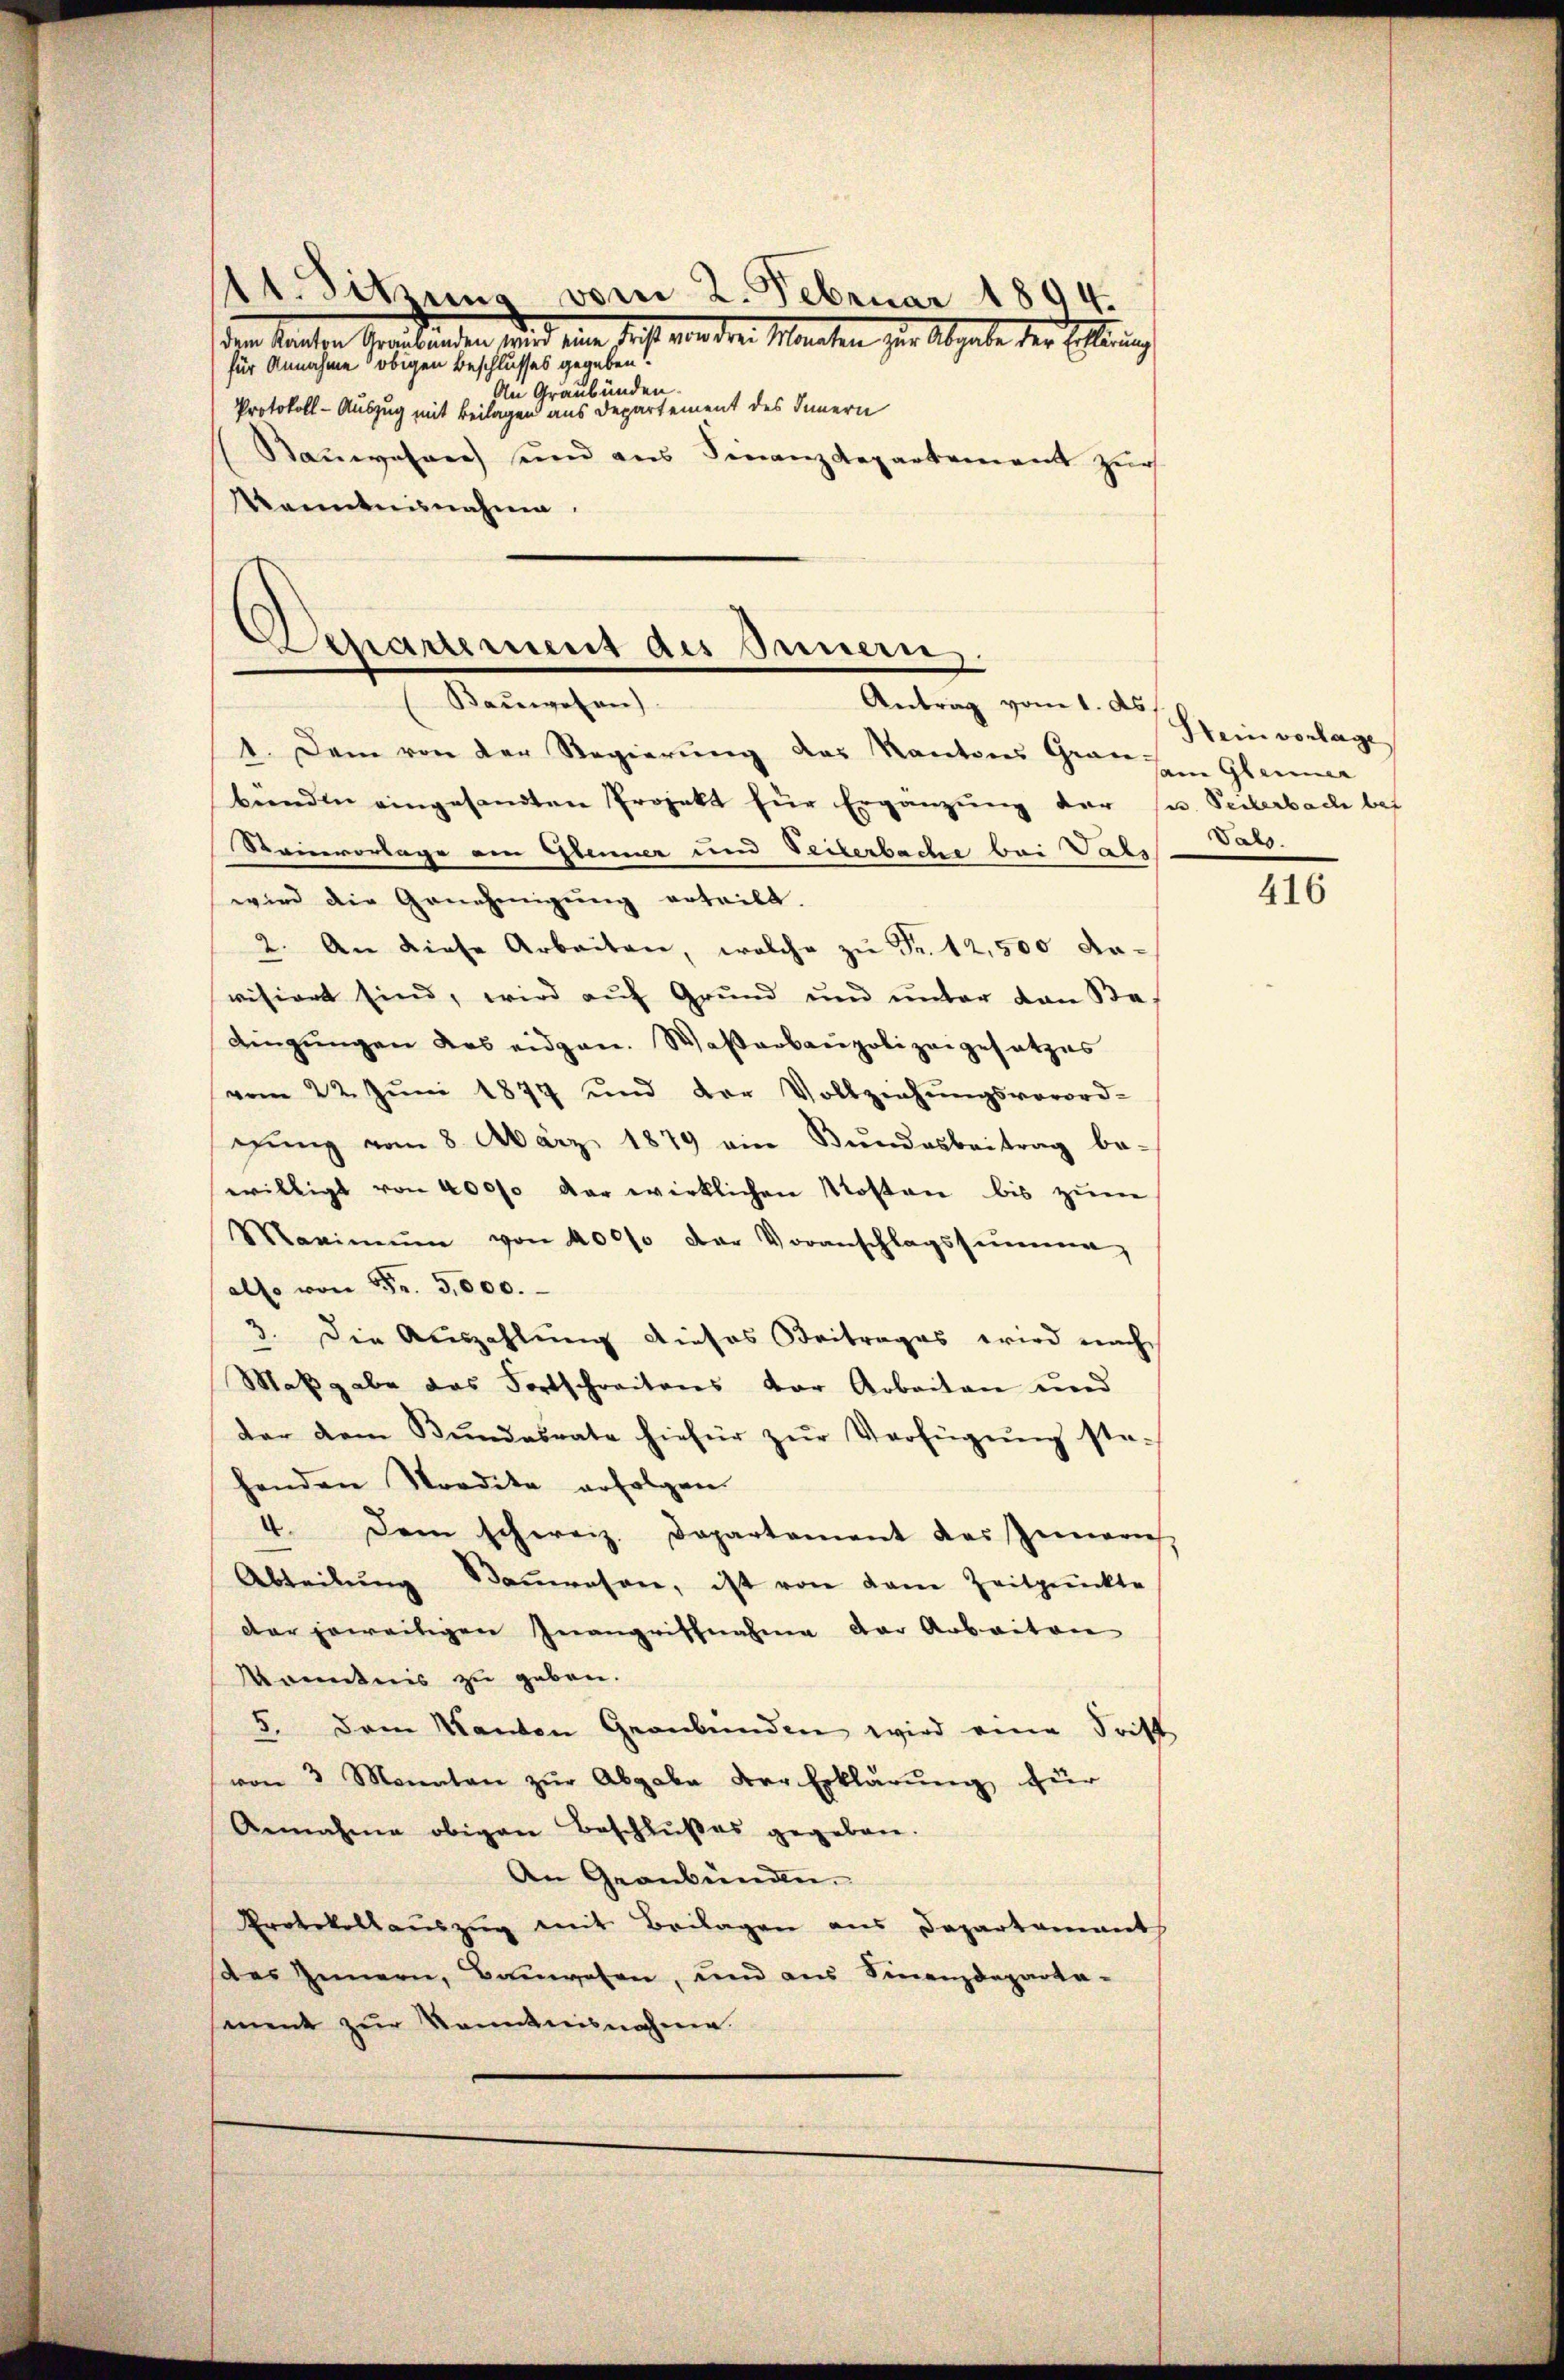
11. Sitzung vom 2. Februar 1894.
den Sachen bemerkunden sind ein sicht von der Manchen sie abgabe der Ehrung
für Annahme obigen Beschlusses gegeben!
An Graubünden.
Protokoll-Auszug mit Beilagen aus Departement des Innern
Kauwesen und aus Finanzdepartement Zür
Kenntnisnahme

1. Dem von der Regierŭng des Kantons Gran den Gleiner
beenden eingesandten Projekt für Ergänzung der u. Seiterbach bet
Stainvorlage am Glenner und Seiterbache bei Vals
wird die Genehmigŭng erteilt.
2. An diese Arbeiten, welche zŭ Fr. 12,500 davisiert sind, wird auf Grund und unter von Bes
dingungen das eidgen. Wasserbaupolizeigesetzes
vom 22. Jŭni 1877 und der Vollziehŭngsverord-
gŭng vom 8. März 1879 ein Bundesbeitrag be-
willigt von 40000 der wirklichen Kosten bis zum
Maximum von 40000 der Voranschlagsfeieren,
(also von Fr. 5,000.
3. Die Auszahlung dieses Beitrages wird nach
Maßgabe das Fortschreitens der Arbeiten und
der vom Bŭndesrate hiefür zŭr Verfügŭng ste-
henden Nordita erfolgen
4. Dem schweiz. Dapartament das Innern,
Abteilung Kameresen, ist von dem Zeitpunkte
der jeweiligen Inangriffnahme der Arbeiten
Kenntnis zu geben.
5. Dem Kanton Graubünden wird eine Tritt
von 3 Monaten zŭr Abgabe der Erklärŭng für
Annahme obigen Beschlußes gegeben.
An Graubünden.
Protokollauszug mit Beilagen aus Departamant
des Innern, Bauwesen, und aus Finanzdeparta-
sment zur Kenntnisnahme.

Departement des Innern.
Baŭwesen
Antrag vom 1. ds

Hein vorlage
Dals.

416